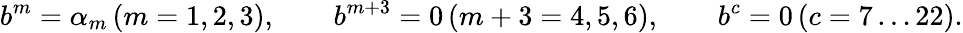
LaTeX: b^{m}=\alpha_{m}\, (m=1,2,3),\qquad b^{m+3}=0\, (m+3=4,5,6),\qquad b^{c}=0\, (c=7\dots 22).